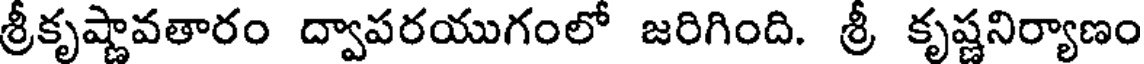
శ్రీకృష్ణావతారం ద్వాపరయుగంలో జరిగింది. శ్రీ కృష్ణనిర్యాణం